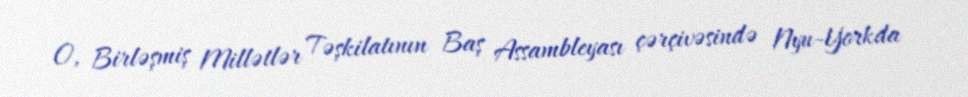
O, Birləşmiş Millətlər Təşkilatının Baş Assambleyası çərçivəsində Nyu-Yorkda